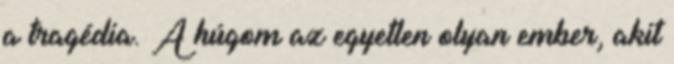
a tragédia. A húgom az egyetlen olyan ember, akit